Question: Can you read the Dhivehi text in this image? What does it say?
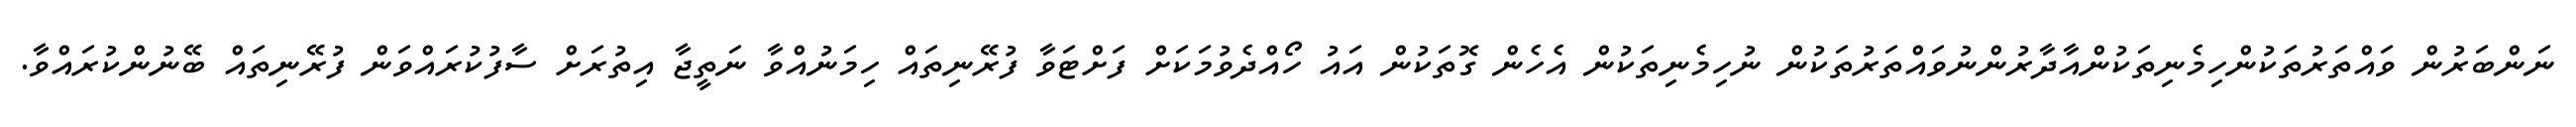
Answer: ނަންބަރުން ވައްތަރުތަކުންހިމެނިތަކުންއާދާރުންނުވައްތަރުތަކުން ނުހިމެނިތަކުން އެހެން ގޮތަކުން އައު ހޯއްދެވުމަކަށް ފަށްޓަވާ ފުރޭނިތައް ހިމަނުއްވާ ނަތީޖާ އިތުރަށް ސާފުކުރައްވަން ފުރޭނިތައް ބޭނުންކުރައްވާ.